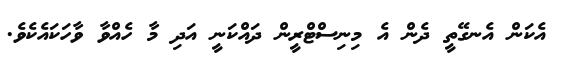
އެކަން އެނގޭތީ ދެން އެ މިނިސްޓްރީން ދައްކަނީ އަދި މާ ހެއްވާ ވާހަކައެކެވެ.